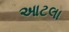
આટલા